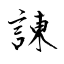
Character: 諫